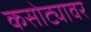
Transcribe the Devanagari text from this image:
कसोट्यावर